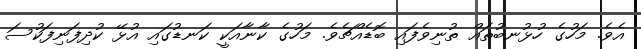
އެވެ. މަހުގެ ހުޅުނބުތައް ތުނިވެފައި ބޮޑެއްޗެވެ. މަހުގެ ކާނާއަކީ ކަނޑުގައި އުޅޭ ކުދިފަނިފަކުސަ